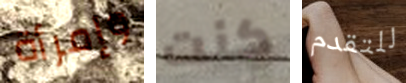
وإمرأة كنت للتقدم